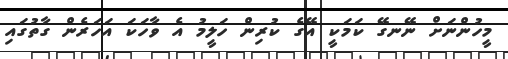
މީހުންނަށް ނޭނގޭ ކަމަކީ އޭގެ ކުރިން ހަލީމު އެ ވާހަކަ އަހަރެން ގާތުގައި